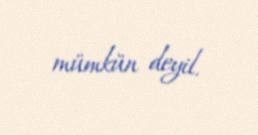
mümkün deyil.